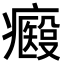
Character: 𤻢